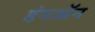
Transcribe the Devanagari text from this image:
डंगऑन